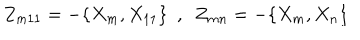
Z _ { m 1 1 } = - \{ X _ { m } , X _ { 1 1 } \} ~ ~ , ~ ~ Z _ { m n } = - \{ X _ { m } , X _ { n } \}